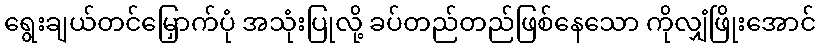
ရွေးချယ်တင်မြှောက်ပုံ အသုံးပြုလို့ ခပ်တည်တည်ဖြစ်နေသော ကိုလျှံဖြိုးအောင်